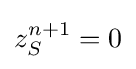
z_{S}^{n+1}=0